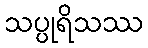
သပ္ပုရိသဿ